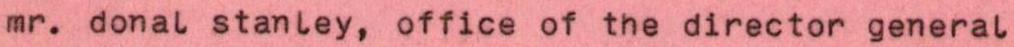
mr. donal stanley, office of the director general